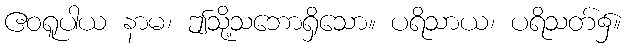
ဧဝရူပါယ နာမ၊ ဤသို့သဘောရှိသော။ ပရိသာယ၊ ပရိသတ်၌။